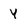
Character: Y